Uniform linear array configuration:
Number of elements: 4
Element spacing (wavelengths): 0.75
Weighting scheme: hamming
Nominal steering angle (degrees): -30
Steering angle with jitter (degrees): -30.466
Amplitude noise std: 0.05
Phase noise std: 0.05

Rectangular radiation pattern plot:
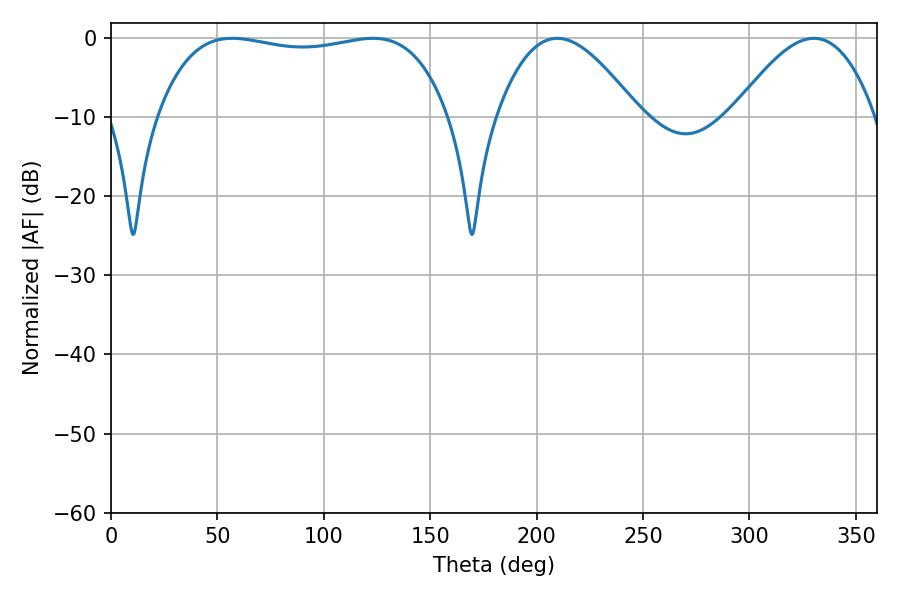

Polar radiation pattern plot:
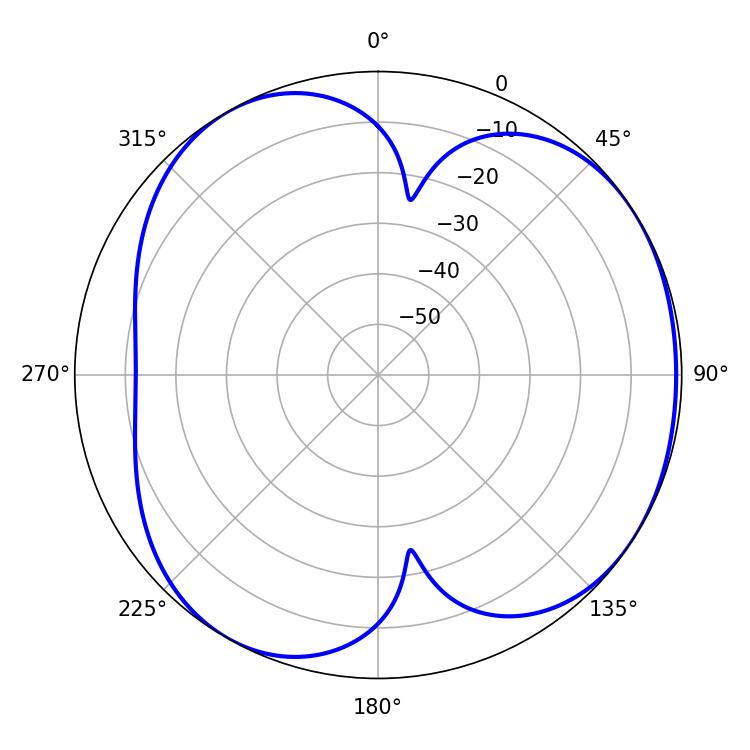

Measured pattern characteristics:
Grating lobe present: TRUE
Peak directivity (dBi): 4.389
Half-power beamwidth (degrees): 36
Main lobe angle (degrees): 209.7